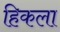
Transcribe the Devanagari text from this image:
हिकला